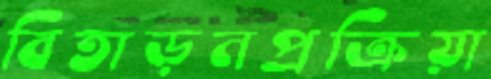
বিতাড়নপ্রক্রিয়া